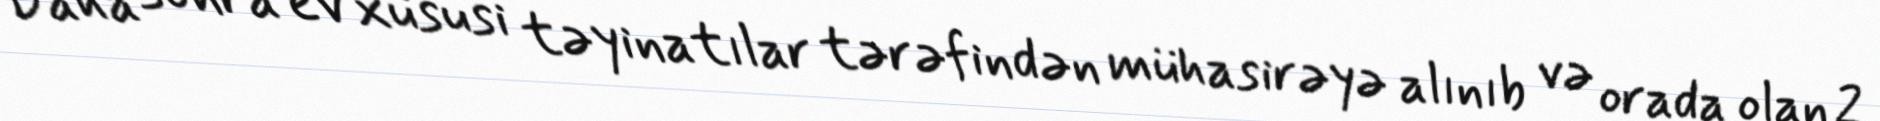
Daha sonra ev xüsusi təyinatılar tərəfindən mühasirəyə alınıb və orada olan 2